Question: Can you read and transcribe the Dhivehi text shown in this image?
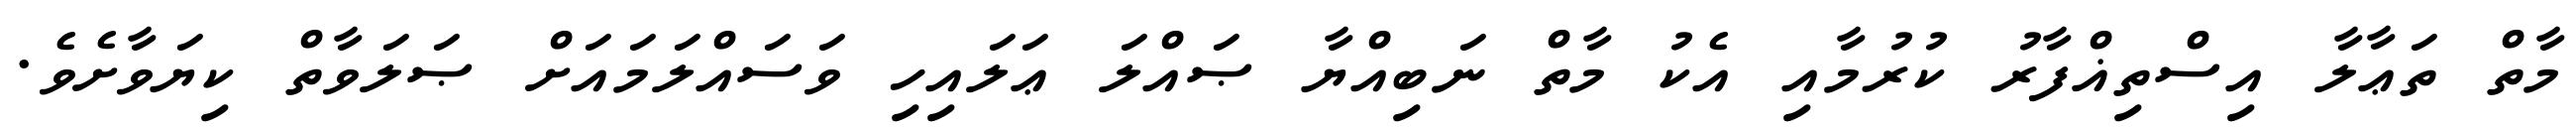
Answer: މާތް ތަޢާލާ އިސްތިޣްފާރު ކުރުމާއި އެކު މާތް ނަބިއްޔާ ޞައްލަ ޢަލައިހި ވަސައްލަމައަށް ޞަލަވާތް ކިޔަވާށެވެ.